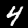
Label: 4